Newspaper: The Anderson intelligencer. [volume]
Place of publication: Anderson Court House, S.C.
Publisher: J.C.C. Featherston and James A. Hoyt
Date: 1875-11-25 00:00:00
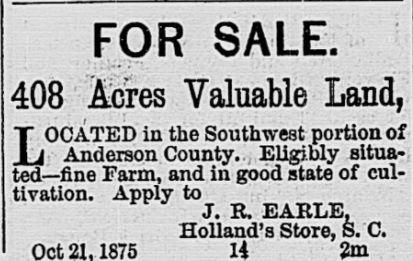
Advertisement text (OCR):
FOR SALE. Acres Valuable Land, in the Southwest portion Anderson County. Eligibly situa? ted?fine Farm, and in good state of cul? tivation. Apply to J. R, EARLE, Holland's Store, S. C.
Label: text-only